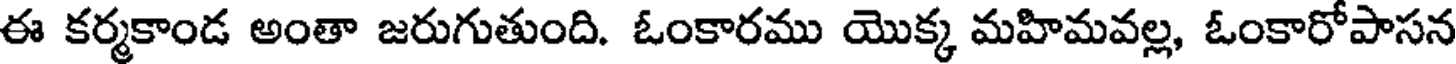
ఈ కర్మకాండ అంతా జరుగుతుంది. ఓంకారము యొక్క మహిమవల్ల, ఓంకారోపాసన